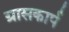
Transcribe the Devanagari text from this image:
ग्रासकार्प